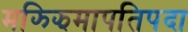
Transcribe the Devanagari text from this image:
मझ्झिमापतिपदा